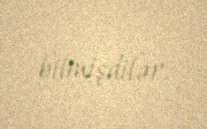
bilmişdilər.